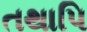
તથાપિ